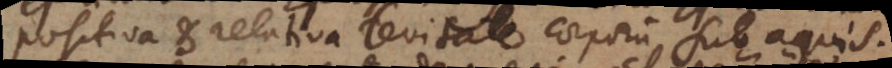
positiva et relativa levitate corporum sub aquis.